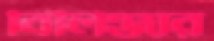
বিলিঞ্জার